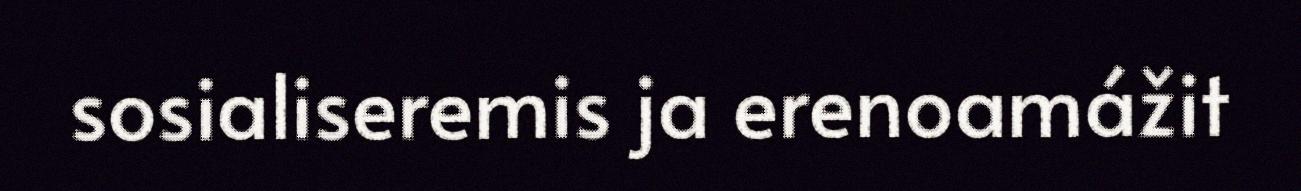
sosialiseremis ja erenoamážit